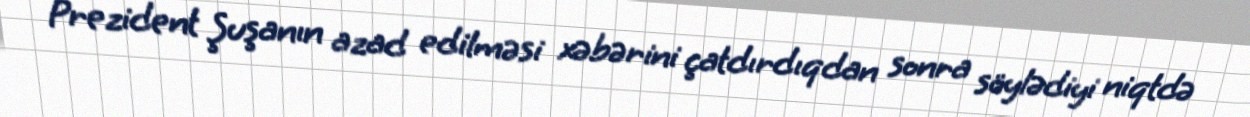
Prezident Şuşanın azad edilməsi xəbərini çatdırdıqdan sonra söylədiyi niqtdə